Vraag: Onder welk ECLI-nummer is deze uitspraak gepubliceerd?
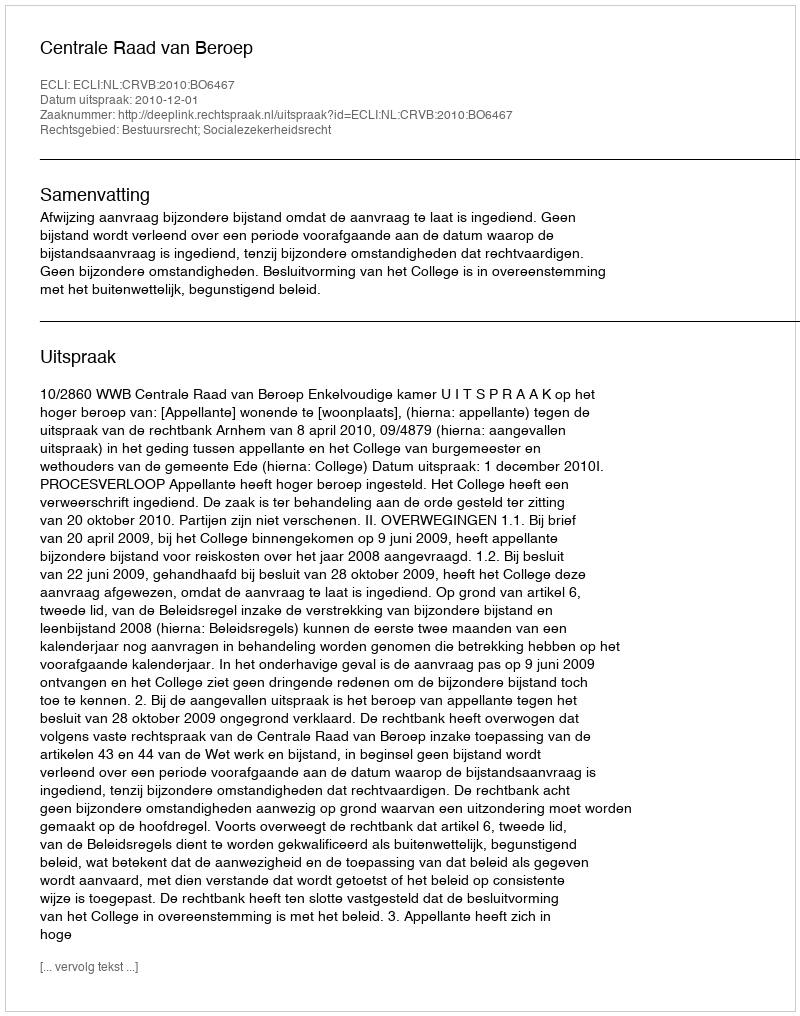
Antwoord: ECLI:NL:CRVB:2010:BO6467